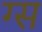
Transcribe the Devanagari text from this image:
ग्स